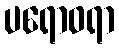
ပရောဝရာ